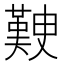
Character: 𭀃